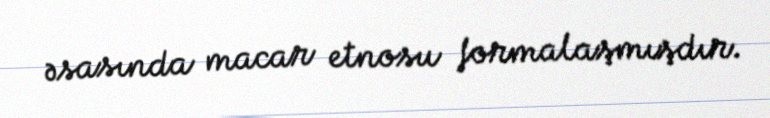
əsasında macar etnosu formalaşmışdır.